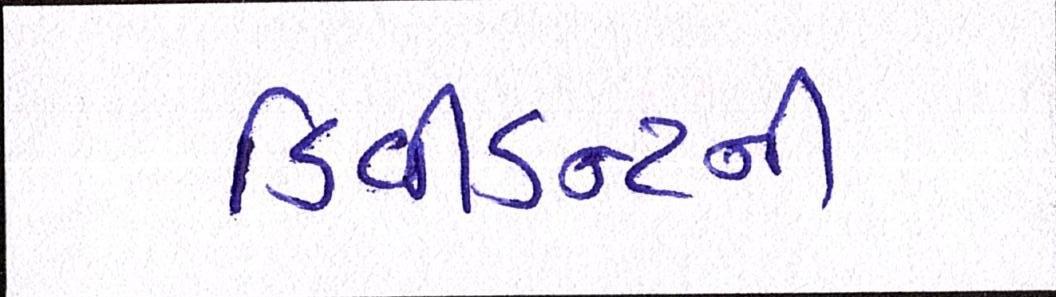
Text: ડિવીડન્ટની